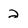
Character: 2